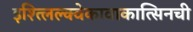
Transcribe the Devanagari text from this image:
इश्त्लिल्क्वेकावाकात्सिनची